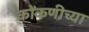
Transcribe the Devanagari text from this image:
कोंकणीच्या